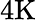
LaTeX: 4\mathrm{K}